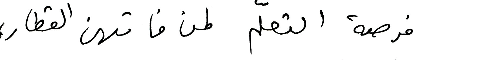
فرصة التعلّم لمن فاتهن القطار،